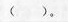
( )。